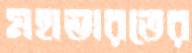
মহাভারতের